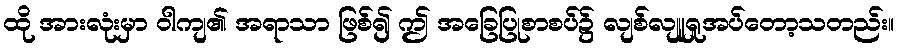
ထို အားလုံးမှာ ဝါကျ၏ အရာသာ ဖြစ်၍ ဤ အခြေပြုစာစပ်၌ လျစ်လျူရှုအပ်တော့သတည်း။